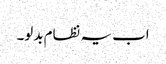
اب یہ نظام بدلو۔